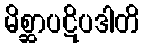
မိစ္ဆာပဋိပဒါတိ